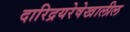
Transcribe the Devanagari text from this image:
दारिद्रयरेषेखालील